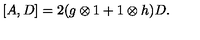
[ A , D ] = 2 ( g \otimes 1 + 1 \otimes h ) D .